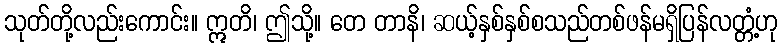
သုတ်တို့လည်းကောင်း။ ဣတိ၊ ဤသို့။ တေ တာနိ၊ ဆယ့်နှစ်နှစ်စသည်တစ်ဖန်မရှိပြန်လတ္တံ့ဟု